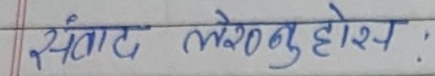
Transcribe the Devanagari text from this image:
स्वैटाट लशेन नु होस् :